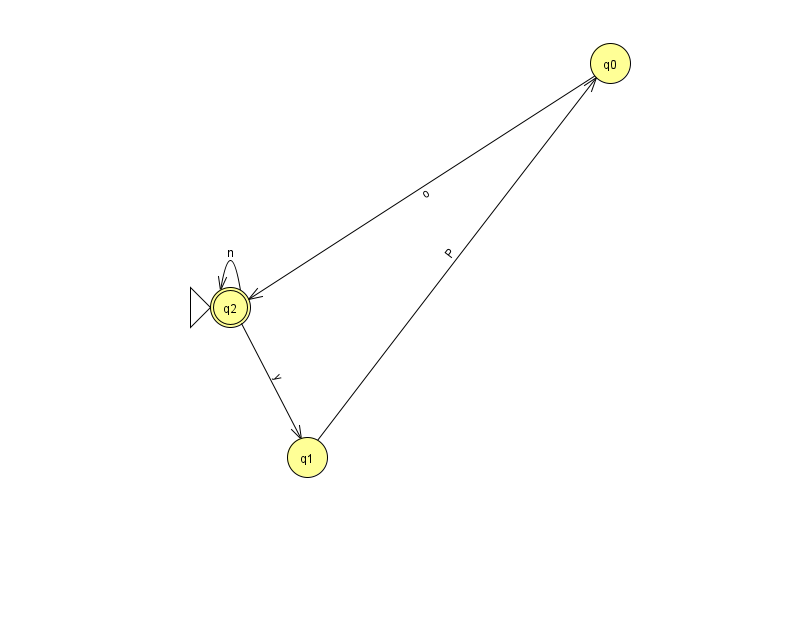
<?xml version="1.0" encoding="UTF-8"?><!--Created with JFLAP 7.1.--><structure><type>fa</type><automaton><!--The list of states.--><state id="0" name="q0"><x>610.0</x><y>50.0</y></state><state id="1" name="q1"><x>307.0</x><y>444.0</y></state><state id="2" name="q2"><x>230.0</x><y>294.0</y><initial/><final/></state><!--The list of transitions.--><transition><from>1</from><to>0</to><read>P</read></transition><transition><from>0</from><to>2</to><read>o</read></transition><transition><from>2</from><to>2</to><read>n</read></transition><transition><from>2</from><to>1</to><read>y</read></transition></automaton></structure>